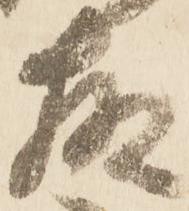
故